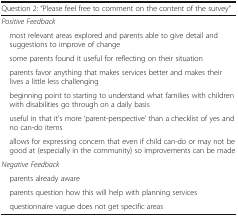
<table><thead><tr><td colspan="2"><b>Question 2: “Please feel free to comment on the content of the survey”</b></td></tr></thead><tbody><tr><td colspan="2"><i>Positive Feedback</i></td></tr><tr><td colspan="2"> most relevant areas explored and parents able to give detail and suggestions to improve of change</td></tr><tr><td colspan="2"> some parents found it useful for reflecting on their situation</td></tr><tr><td colspan="2"> parents favor anything that makes services better and makes their lives a little less challenging</td></tr><tr><td colspan="2"> beginning point to starting to understand what families with children with disabilities go through on a daily basis</td></tr><tr><td colspan="2"> useful in that it’s more ‘parent-perspective’ than a checklist of yes and no can-do items</td></tr><tr><td colspan="2"> allows for expressing concern that even if child can-do or may not be good at (especially in the community) so improvements can be made</td></tr><tr><td colspan="2"><i>Negative Feedback</i></td></tr><tr><td colspan="2"> parents already aware</td></tr><tr><td colspan="2"> parents question how this will help with planning services</td></tr><tr><td colspan="2"> questionnaire vague does not get specific areas</td></tr></tbody></table>